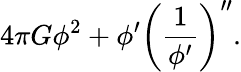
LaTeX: {4\pi G}\phi^{2}+\phi^{\prime}\left({\frac{1}{\phi^{\prime}}}\right)^{\prime\prime}.